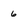
Character: 6